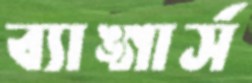
ব্যাঙ্গার্স